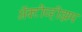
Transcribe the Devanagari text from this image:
ॲक्टीव्हीझम